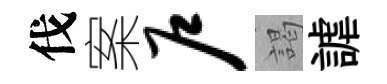
伐案户謁謔